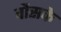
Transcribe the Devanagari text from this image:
वौसके